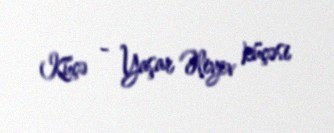
Küçə - Yaşar Əliyev küçəsi